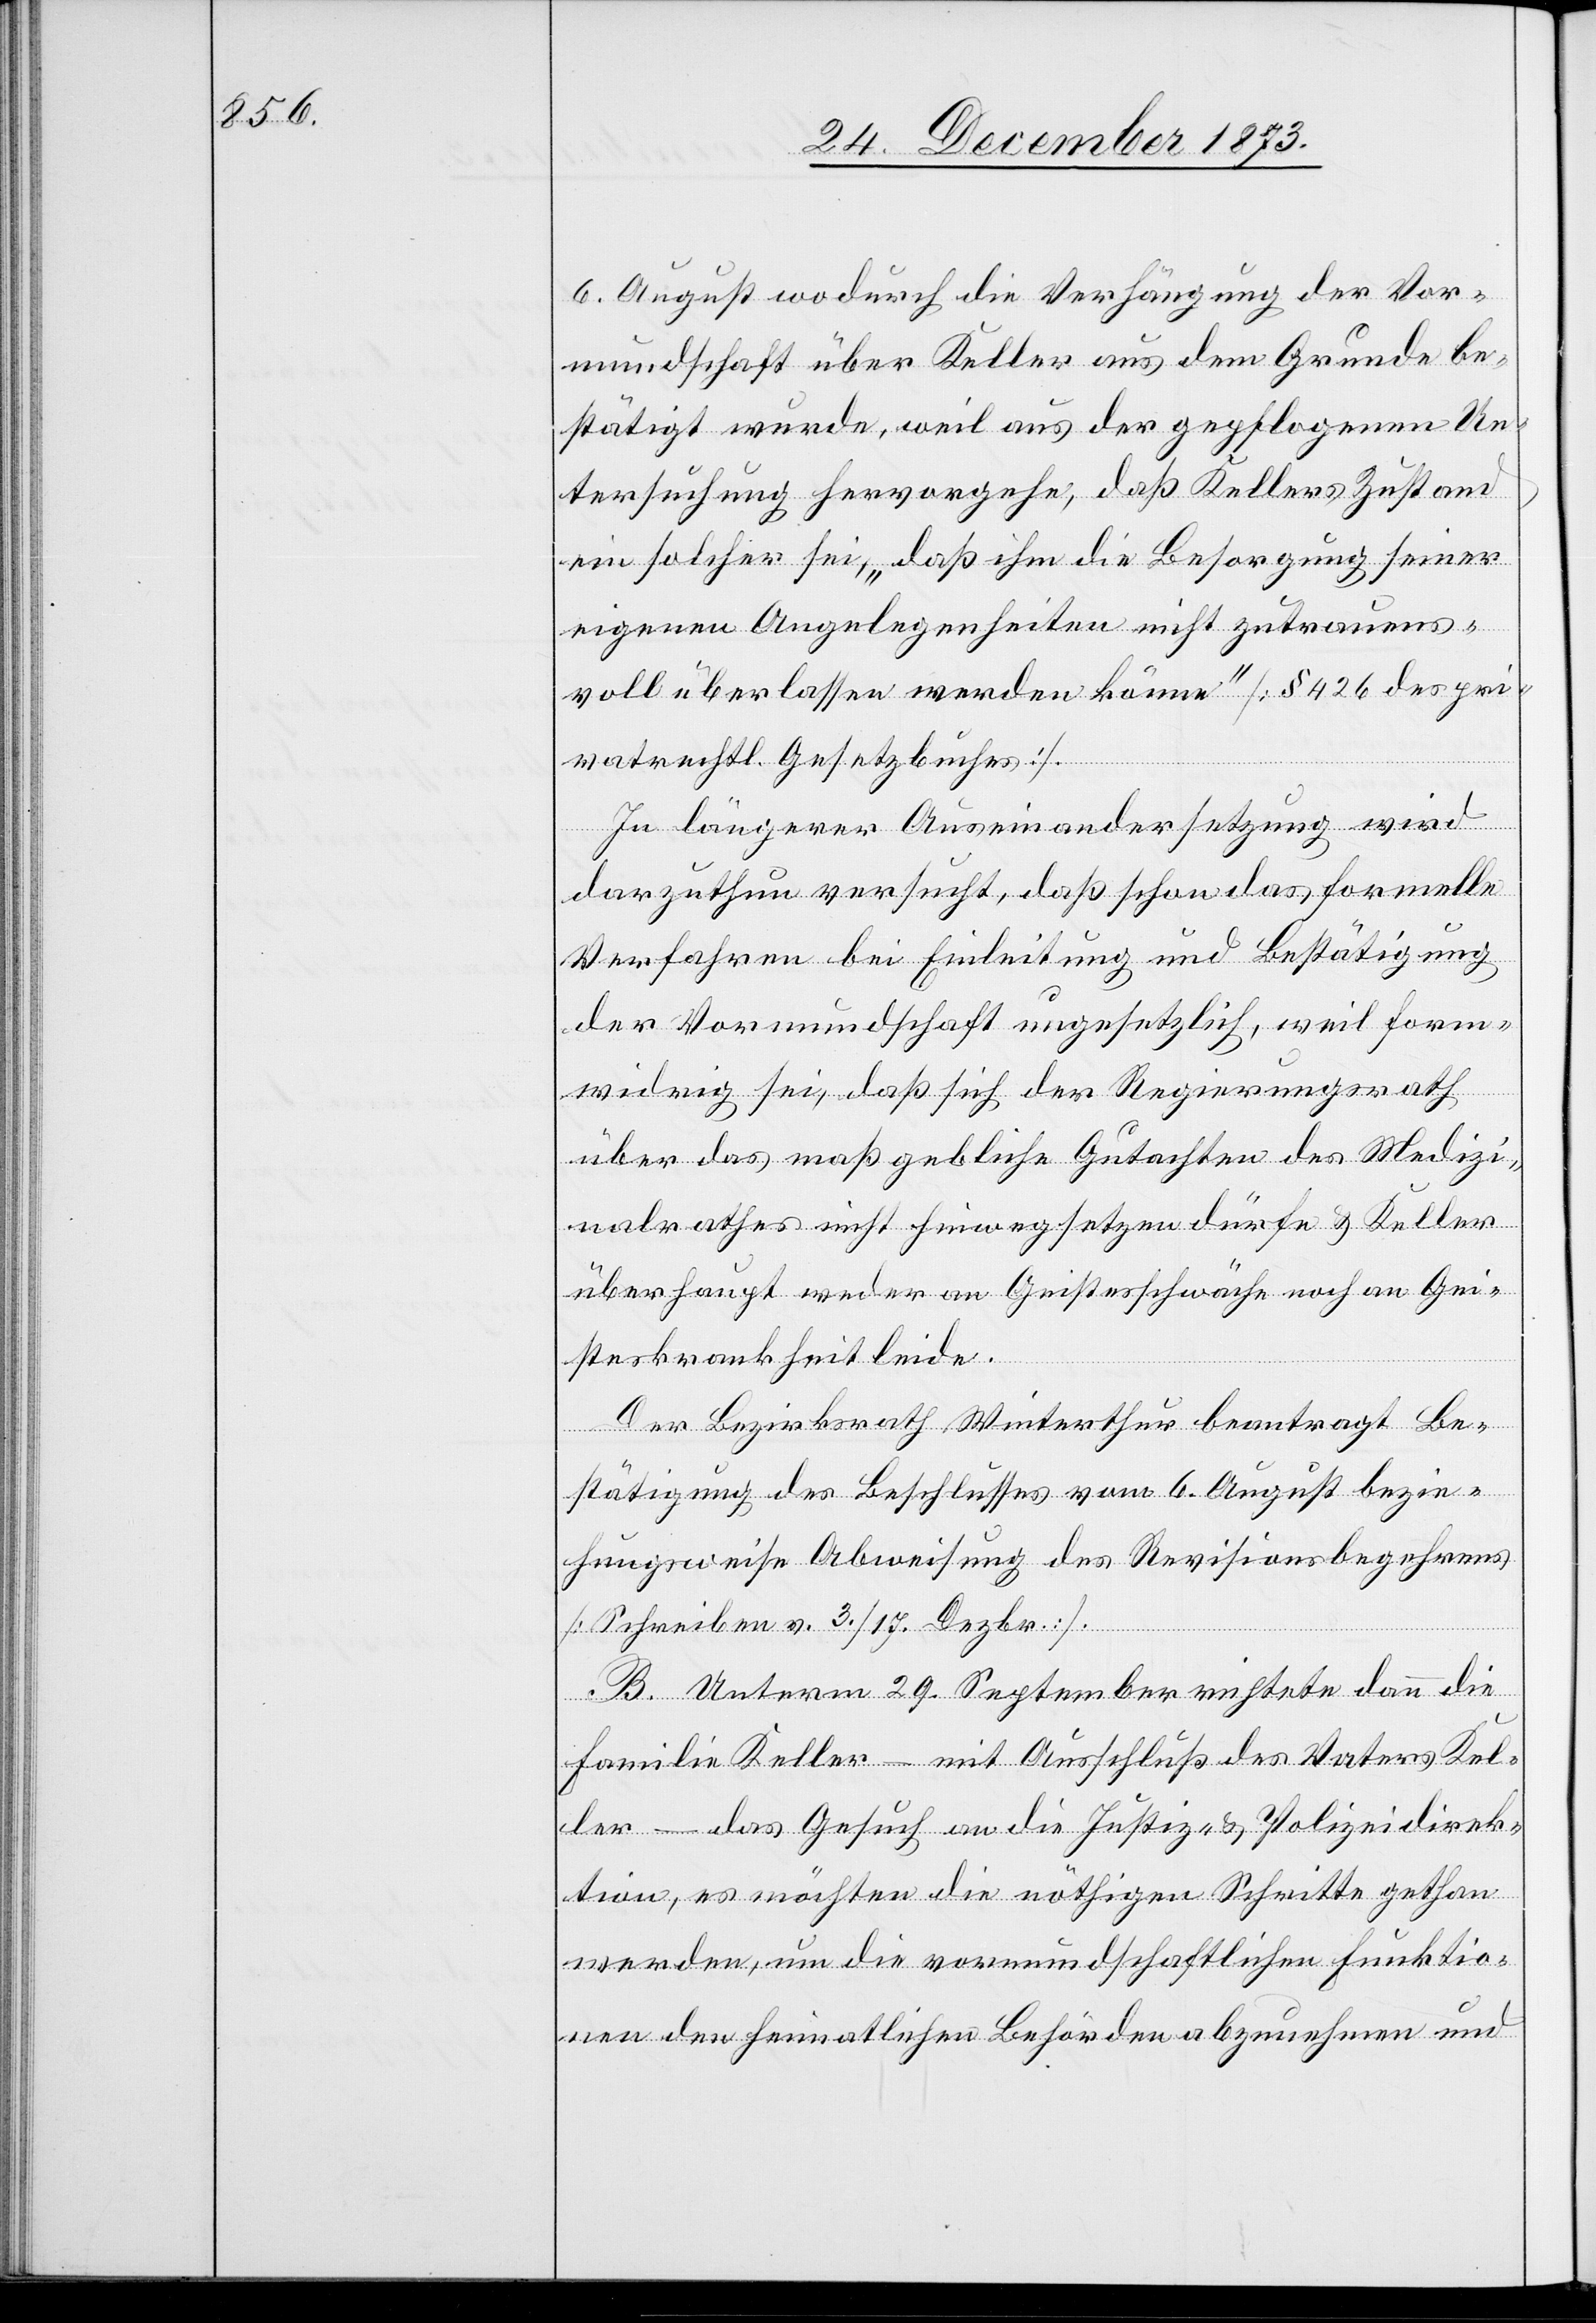
6. August wodurch die Verhängung der Vor¬
mundschaft über Keller aus dem Grunde be¬
stätigt wurde, weil aus der gepflogenen Un¬
tersuchung hervorgehe, daß Kellers Zustand
ein solcher sei, „daß ihm die Besorgung seiner
eigenen Angelegenheiten nicht zutrauens¬
voll überlassen werden könne“ [§ 426 des pri¬
vatrechtl. Gesetzbuches].
In längerer Auseinandersetzung wird
darzuthun versucht, daß schon das formelle
Verfahren bei Einleitung und Bestätigung
der Vormundschaft ungesetzlich, weil form¬
widrig sei, daß sich der Regierungsrath
über das maßgebliche Gutachten des Medizi¬
nalrathes nicht hinwegsetzen dürfe & Keller
überhaupt weder an Geistesschwäche noch an Gei¬
steskrankheit leide.
Der Bezirksrath Winterthur beantragt Be¬
stätigung des Beschlusses vom 6. August bezie¬
hungsweise Abweisung des Revisionsbegehrens
[Schreiben v. 3./17. Dezbr.].
B. Unterm 29. September richtete dann die
Familie Keller – mit Ausschluß des Vaters Kel¬
ler – das Gesuch an die Justiz- & Polizeidirek¬
tion, es möchten die nöthigen Schritte gethan
werden, um die vormundschaftlichen Funktio¬
nen den heimatlichen Behörden abzunehmen und